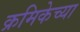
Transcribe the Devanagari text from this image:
क्रमिकेच्या